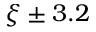
\xi \pm 3 . 2